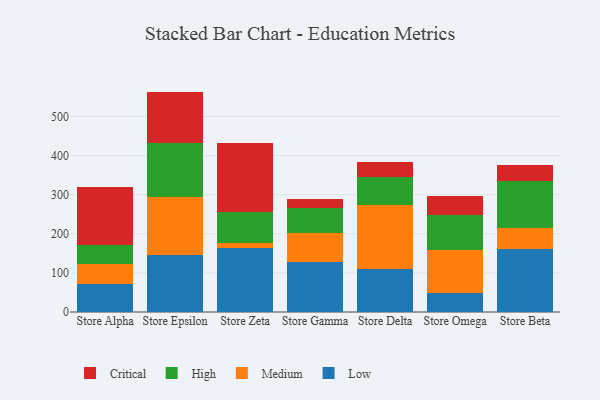
{"axis": {"x": "Store", "y": "Energy Usage (MWh)"}, "legend": ["Critical", "High", "Low", "Medium"], "data": [{"x": "Store Alpha", "y": 71.1, "type": "Low"}, {"x": "Store Alpha", "y": 51.1, "type": "Medium"}, {"x": "Store Alpha", "y": 49.3, "type": "High"}, {"x": "Store Alpha", "y": 148.2, "type": "Critical"}, {"x": "Store Epsilon", "y": 145.0, "type": "Low"}, {"x": "Store Epsilon", "y": 149.2, "type": "Medium"}, {"x": "Store Epsilon", "y": 139.3, "type": "High"}, {"x": "Store Epsilon", "y": 130.2, "type": "Critical"}, {"x": "Store Zeta", "y": 162.6, "type": "Low"}, {"x": "Store Zeta", "y": 13.3, "type": "Medium"}, {"x": "Store Zeta", "y": 80.3, "type": "High"}, {"x": "Store Zeta", "y": 176.7, "type": "Critical"}, {"x": "Store Gamma", "y": 127.6, "type": "Low"}, {"x": "Store Gamma", "y": 74.6, "type": "Medium"}, {"x": "Store Gamma", "y": 63.1, "type": "High"}, {"x": "Store Gamma", "y": 23.2, "type": "Critical"}, {"x": "Store Delta", "y": 110.9, "type": "Low"}, {"x": "Store Delta", "y": 163.7, "type": "Medium"}, {"x": "Store Delta", "y": 71.1, "type": "High"}, {"x": "Store Delta", "y": 36.7, "type": "Critical"}, {"x": "Store Omega", "y": 49.8, "type": "Low"}, {"x": "Store Omega", "y": 109.4, "type": "Medium"}, {"x": "Store Omega", "y": 88.1, "type": "High"}, {"x": "Store Omega", "y": 50.4, "type": "Critical"}, {"x": "Store Beta", "y": 160.1, "type": "Low"}, {"x": "Store Beta", "y": 54.5, "type": "Medium"}, {"x": "Store Beta", "y": 121.6, "type": "High"}, {"x": "Store Beta", "y": 40.7, "type": "Critical"}]}